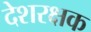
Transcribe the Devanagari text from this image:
देशरक्षक